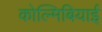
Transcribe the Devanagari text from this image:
कोल्मिबियाई